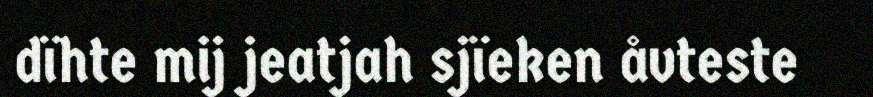
dïhte mij jeatjah sjïeken åvteste